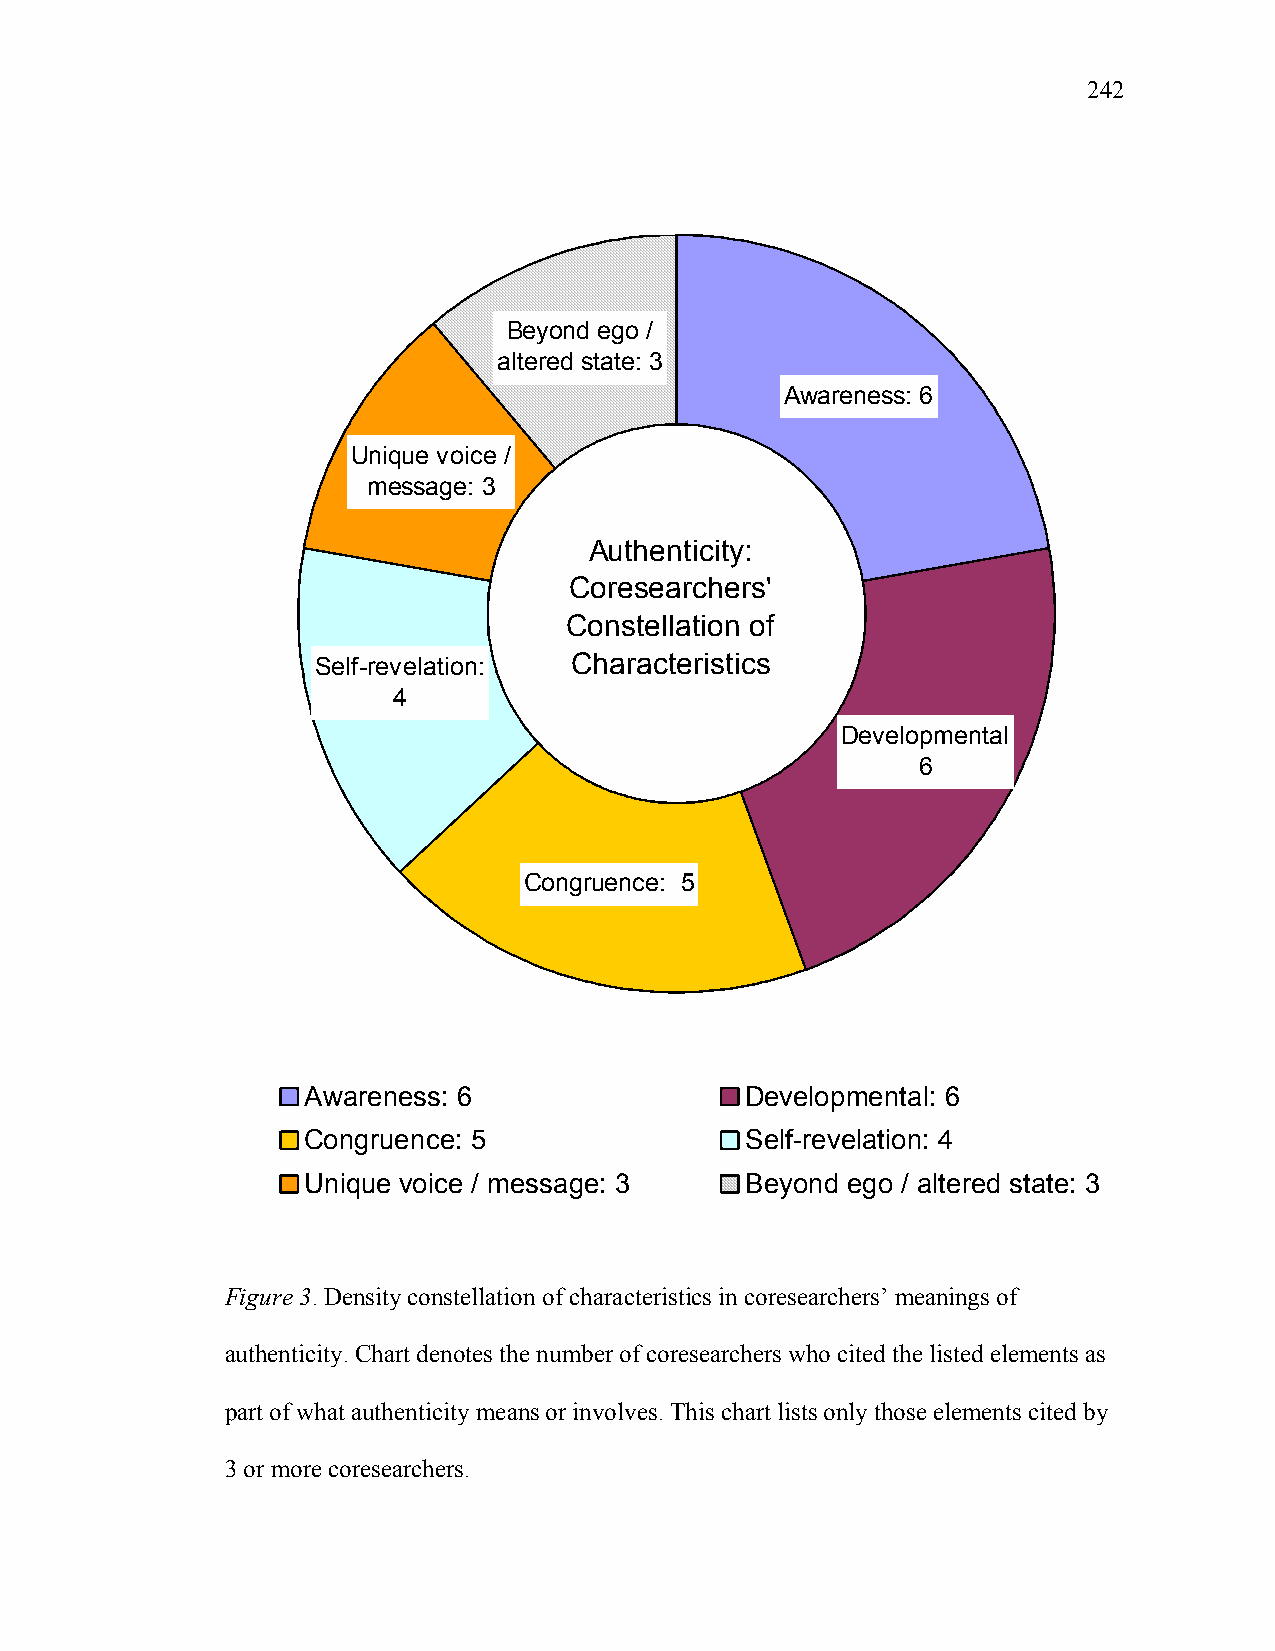
242
 Beyond ego /
 altered state: 3
 Awareness: 6
 Unique voice /
 message: 3
 Authenticity:
 Coresearchers'
 Constellation of
 Self-revelation: Characteristics
 4
 Developmental
 6
 Congruence: 5
 Awareness: 6                 Developmental: 6
 Congruence: 5                Self-revelation: 4
 Unique voice / message: 3    Beyond ego / altered state: 3
 Figure 3. Density constellation of characteristics in coresearchers’ meanings of
 authenticity. Chart denotes the number of coresearchers who cited the listed elements as
 part of what authenticity means or involves. This chart lists only those elements cited by
 3 or more coresearchers.